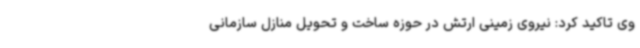
وی تاکید کرد: نیروی زمینی ارتش در حوزه ساخت و تحویل منازل سازمانی